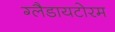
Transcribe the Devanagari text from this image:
ग्लैडायटोरम